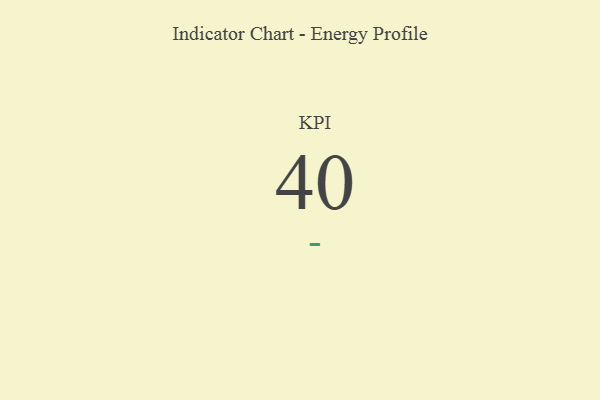
{"axis": {"x": "KPI", "y": "Value"}, "legend": [""], "data": [{"x": "KPI", "y": 40, "type": ""}]}